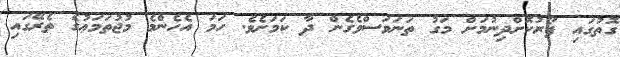
ގޮތުގައި ފޯރުކޮށްދިނުމަށް މަގު ތަނަވަސްވެގެން ދާ ކަމަށެވެ. ހަމަ އެހެންމެ މުޖުތަމަޢުގެ ތެރޭގައި